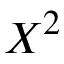
X ^ { 2 }